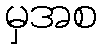
မှအစ